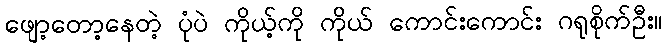
ဖျော့တော့နေတဲ့ ပုံပဲ ကိုယ့်ကို ကိုယ် ကောင်းကောင်း ဂရုစိုက်ဦး။